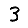
Digit: 3